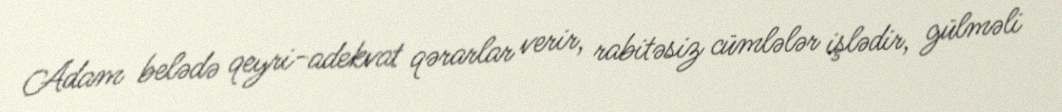
Adam belədə qeyri-adekvat qərarlar verir, rabitəsiz cümlələr işlədir, gülməli